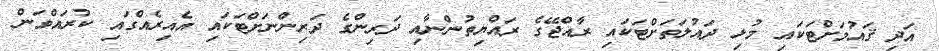
އަދި ޤައުމަށްޓަކައި މުޅި ދައުލަތަށްޓަކައި ރާއްޖޭގެ ރައްޔިތުންނާއި ދަރިންގެ ދަރިންނަށްޓަކައި އެއިރެއްގައި ކުރައްވަން